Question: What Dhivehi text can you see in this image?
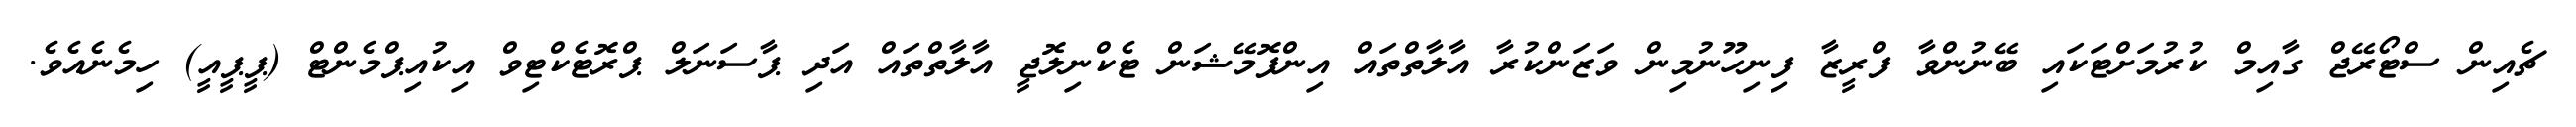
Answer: ޗެއިން ސްޓޯރޭޖް ގާއިމް ކުރުމަށްޓަކައި ބޭނުންވާ ފްރީޒާ ފިނިހޫނުމިން ވަޒަންކުރާ އާލާތްތައް އިންފޮމޭޝަން ޓެކްނިލޮޖީ އާލާތްތައް އަދި ޕާސަނަލް ޕްރޮޓެކްޓިވް އިކުއިޕްމެންޓް (ޕީޕީއީ) ހިމެނެއެވެ.